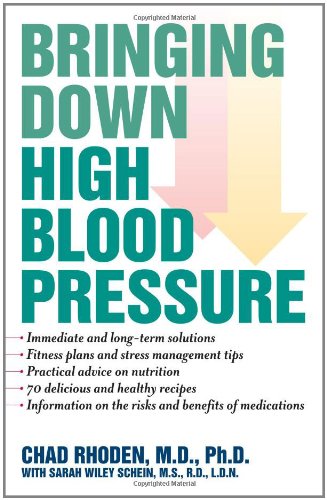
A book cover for Bringing Down High Blood Pressure; Chad Rhoden; Health, Fitness & Dieting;